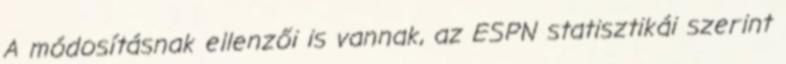
A módosításnak ellenzői is vannak, az ESPN statisztikái szerint